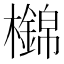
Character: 𣟡